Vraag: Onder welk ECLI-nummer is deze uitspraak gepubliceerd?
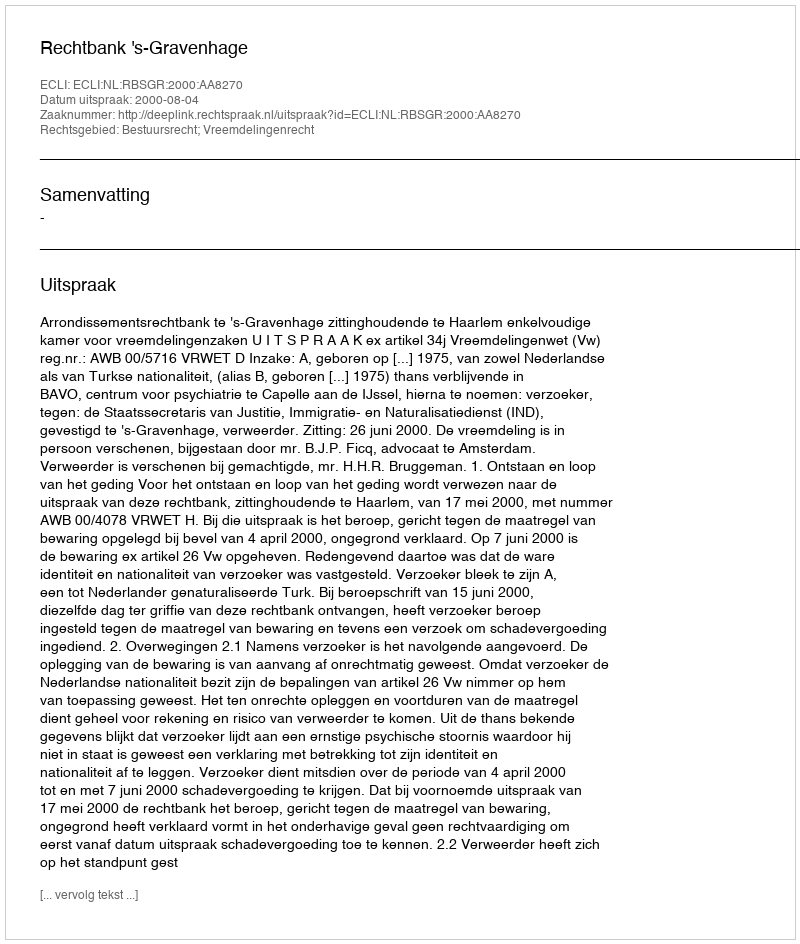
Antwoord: ECLI:NL:RBSGR:2000:AA8270